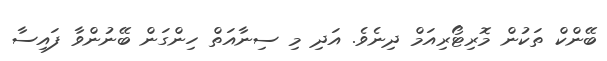
ބޭންކް ތަކުން މޮރިޓޯރިއަމް ދިނެވެ. އަދި މި ސިނާއަތް ހިންގަން ބޭނުންވާ ފައިސާ